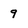
Character: 9